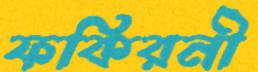
ফকিরনী